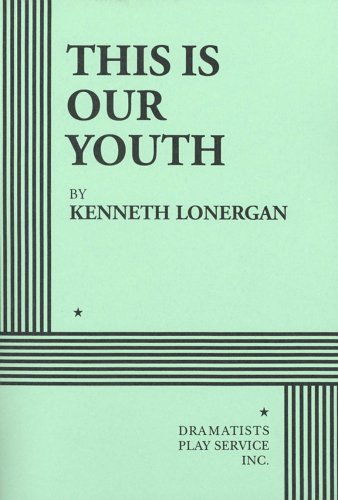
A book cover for This is Our Youth - Acting Edition; Kenneth Lonergan; Literature & Fiction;